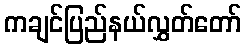
ကချင်ပြည်နယ်လွှတ်တော်